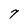
Character: 7